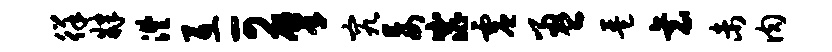
徉肄澧互可肇究妄窕虚盈琶衰未肉